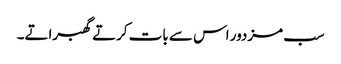
سب مزدور اس سے بات کرتے گھبراتے۔